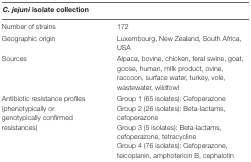
| <COLSPAN=2> C. jejuni isolate collection |
 | --- | --- |
 | Number of strains | 172 |
 | Geographic origin | Luxembourg, New Zealand, South Africa, USA |
 | Sources | Alpaca, bovine, chicken, feral swine, goat, goose, human, milk product, ovine, raccoon, surface water, turkey, vole, wastewater, wildfowl |
 | Antibiotic resistance profiles (phenotypically or genotypically confirmed resistances) | Group 1 (65 isolates): Cefoperazone |  |
 |  | Group 2 (26 isolates): Beta-lactams, cefoperazone |
 |  | Group 3 (5 isolates): Beta-lactams, cefoperazone, tetracycline |
 |  | Group 4 (76 isolates): Cefoperazone, teicoplanin, amphotericin B, cephalotin |